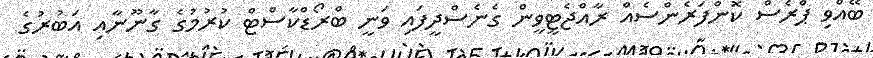
ބޭއްވި ޕްރެސް ކޮންފަރެންސެއް ރާއްޖެޓީވީން ގެނެސްދީފައި ވަނީ ބްރޯޑްކާސްޓް ކުރުމުގެ ގާނޫނާއި އަބުރުގެ